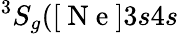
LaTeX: ^3S_{g}([\mathrm{~N~e~}]3s4s